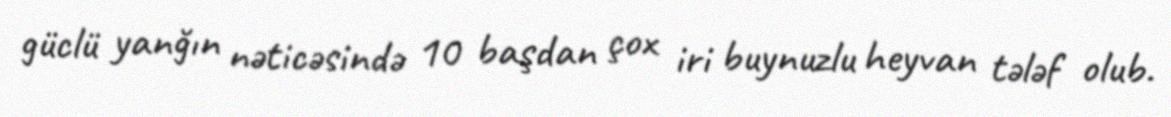
güclü yanğın nəticəsində 10 başdan çox iri buynuzlu heyvan tələf olub.